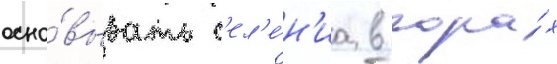
осно́вывать с'ел'е́н'иа в гора́х